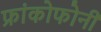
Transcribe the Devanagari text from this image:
फ्रांकोफोनी